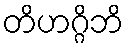
တိဟဂ္ဂိဘိ